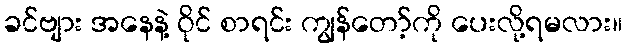
ခင်ဗျား အနေနဲ့ ဝိုင် စာရင်း ကျွန်တော့်ကို ပေးလို့ရမလား။